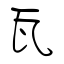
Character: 瓦